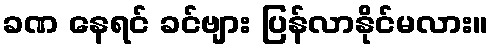
ခဏ နေရင် ခင်ဗျား ပြန်လာနိုင်မလား။